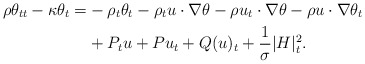
\begin{align*}\rho \theta_{tt}-\kappa \theta_t=&-\rho_t\theta_t -\rho_t u\cdot\nabla \theta-\rho u_t\cdot\nabla \theta-\rho u\cdot\nabla \theta_t\\&+ P_tu+Pu_t +Q(u)_t+\frac{1}{\sigma}|H|^2_t.\end{align*}